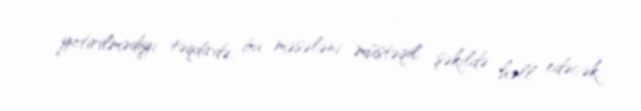
yetirilmədiyi təqdirdə, bu məsələni müstəqil şəkildə həll edəcək.